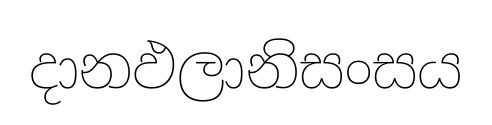
දානඵලානිසංසය